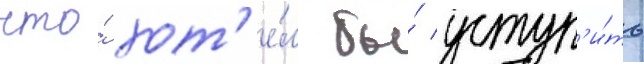
что́ хот'е́л бы́ уступ'и́ть